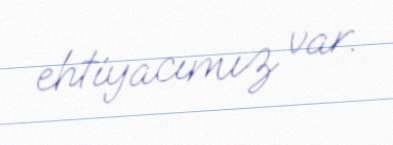
ehtiyacımız var.